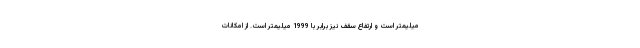
میلیمتر است و ارتفاع سقف نیز برابر با 1999 میلیمتر است. از امکانات